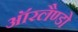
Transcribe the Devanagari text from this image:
ऑरलैण्डो